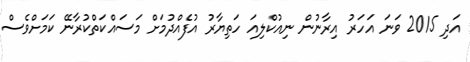
އަދި 2015 ވަނަ އަހަރު އިރާނުން ނިއުކްލިއަ ހަތިޔާރު އުފެއްދުމަށް މަސައްކަތްކުރާނޭ ކަމަށްވެސް